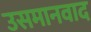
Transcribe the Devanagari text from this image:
उसमानवाद